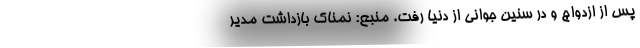
پس از ازدواج و در سنین جوانی از دنیا رفت. منبع: نمناک بازداشت مدیر